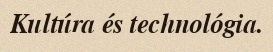
Kultúra és technológia.